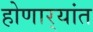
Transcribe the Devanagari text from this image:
होणार्‍यांत